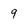
Character: 9